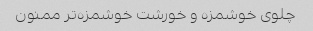
چلوی خوشمزه و خورشت خوشمزه‌تر ممنون